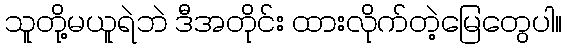
သူတို့မယူရဲဘဲ ဒီအတိုင်း ထားလိုက်တဲ့မြေတွေပါ။